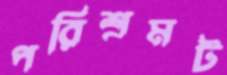
পরিশ্রমট